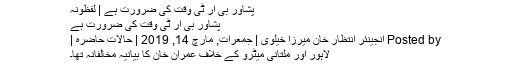
پشاور بی آر ٹی وقت کی ضرورت ہے | لفظونہ
پشاور بی آر ٹی وقت کی ضرورت ہے
Posted by انجینئر انتظار خان میرزا خیلوی | جمعرات, مارچ 14, 2019 | حالات حاضرہ |
لاہور اور ملتانی میٹرو کے خلاف عمران خان کا بیانیہ مخالفانہ تھا۔